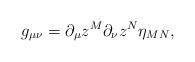
LaTeX: \begin{align*}g_{\mu\nu}=\partial_\mu z^M\partial_\nu z^N \eta_{MN},\end{align*}